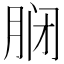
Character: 𫆝